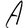
Character: A